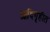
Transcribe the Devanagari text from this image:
आदिगृहीत